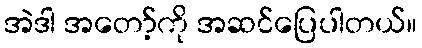
အဲဒါ အတော့်ကို အဆင်ပြေပါတယ်။